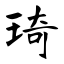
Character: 琦